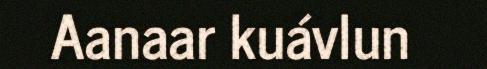
Aanaar kuávlun